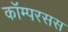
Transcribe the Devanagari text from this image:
कॉम्परसस